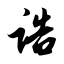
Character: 诰